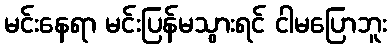
မင်းနေရာ မင်းပြန်မသွားရင် ငါမပြောဘူး